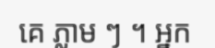
គេ ភ្លាម ៗ ។ អ្នក